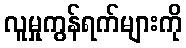
လူမှုကွန်ရက်များကို